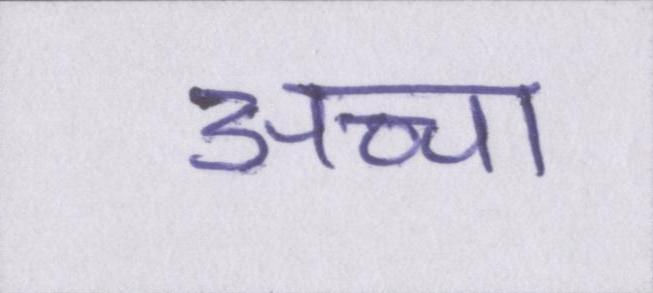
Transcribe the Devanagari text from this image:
अच्चा